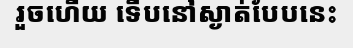
រួចហើយ ទើបនៅស្ងាត់បែបនេះ